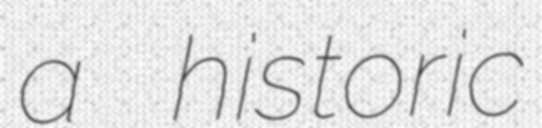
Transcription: a historic